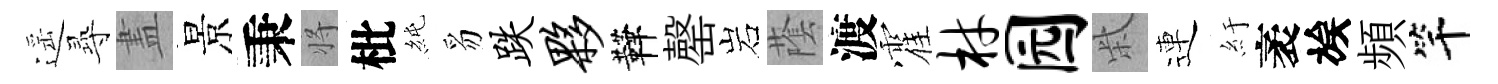
遥𡬶𥁞景秉将枇純豸跌夥鞾罄岩䕃渡霍材园柴連紆袤族頻竿